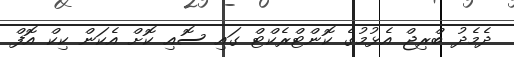
ދެމެދު ބްރިޖް އެޅުމުގެ ކޮންޓްރެކްޓް ގައި ސޮއި ކޮށް އެކަން ކިކް އޮފް